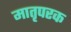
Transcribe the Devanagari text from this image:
मातृपरक